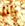
رانا